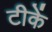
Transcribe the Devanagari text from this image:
टीकें